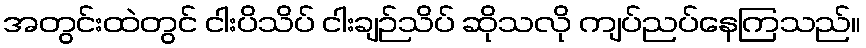
အတွင်းထဲတွင် ငါးပိသိပ် ငါးချဉ်သိပ် ဆိုသလို ကျပ်ညပ်နေကြသည်။